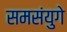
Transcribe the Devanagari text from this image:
समसंयुगे